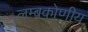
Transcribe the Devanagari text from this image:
लम्बकोणीय